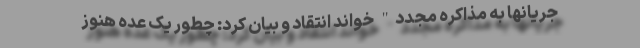
جریانها به مذاکره مجدد" خواند انتقاد و بیان کرد: چطور یک عده هنوز